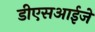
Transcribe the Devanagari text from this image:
डीएसआईजे